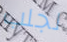
لجلب